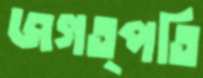
জগত্পতি